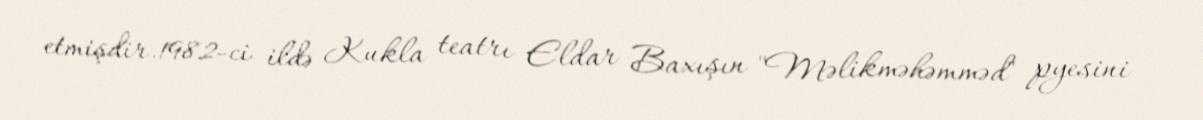
etmişdir.1982-ci ildə Kukla teatrı Eldar Baxışın "Məlikməhəmməd" pyesini